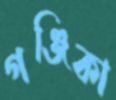
গঞ্জিকা